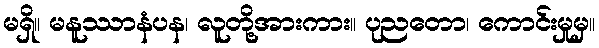
မရှိ။ မနူဿာနံပန၊ လူတို့အားကား။ ပုညတော၊ ကောင်းမှုမှ။